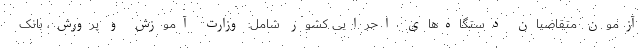
آزمون متقاضیان دستگاه‌های اجرایی کشور شامل: وزارت آموزش و پرورش، بانک